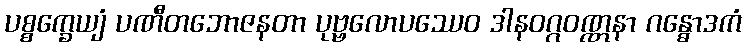
ပစ္စက္ခေယျံ ပဏီတဘောဇနတာ ပုဗ္ဗလောပဿေဝ ဒါနဝဂ္ဂဝဏ္ဏနာ ဂန္ဓောဒကံ